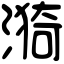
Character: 漪